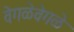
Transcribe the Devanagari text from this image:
वेगळेवेगळे